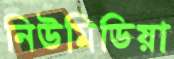
নিউমিডিয়া